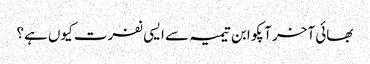
بھائی آخر آپکو ابن تیمیہ سے ایسی نفرت کیوں ہے؟